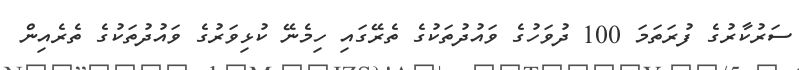
ސަރުކާރުގެ ފުރަތަމަ 100 ދުވަހުގެ ވައުދުތަކުގެ ތެރޭގައި ހިމެނޭ ކުޅިވަރުގެ ވައުދުތަކުގެ ތެރެއިން